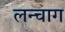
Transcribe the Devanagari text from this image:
लन्चाग